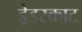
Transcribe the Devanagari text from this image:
ड्रेडस्काट